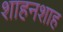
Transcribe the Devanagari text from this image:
शाहनशाह